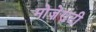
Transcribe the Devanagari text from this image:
मोज़ेराटी